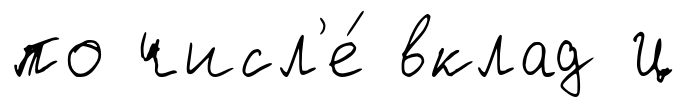
по числ'е́ вклад Ц